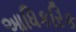
આધિકરિક